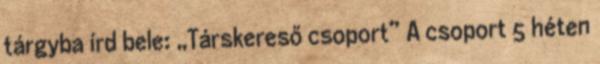
tárgyba írd bele: „Társkereső csoport” A csoport 5 héten